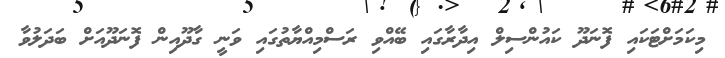
މިކަމަށްޓަކައި ފޮނަދޫ ކައުންސިލް އިދާރާގައި ބޭއްވި ރަސްމިއްޔާތުގައި ވަނީ ގާދޫއިން ފޮނަދޫއަށް ބަދަލުވާ